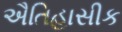
ઐતિહાસીક